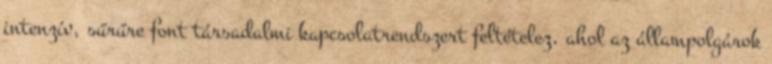
intenzív, sűrűre font társadalmi kapcsolatrendszert feltételez, ahol az állampolgárok